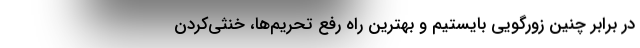
در برابر چنین زورگویی بایستیم و بهترین راه رفع تحریم‌ها، خنثی‌کردن